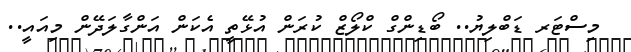
މިސްޓަރ ޑަބްލިޔު.. ބޯޑިންގް ކްލޯޒް ކުރަން އުޅޭތީ އެކަން އަންގާލަދޭން މިއައީ..